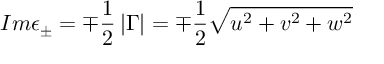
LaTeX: I m \epsilon _ { \pm } = \mp \frac 1 2 \left| \Gamma \right| = \mp \frac 1 2 \sqrt { u ^ { 2 } + v ^ { 2 } + w ^ { 2 } }